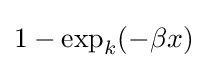
1-\exp _{k}({-\beta x)}